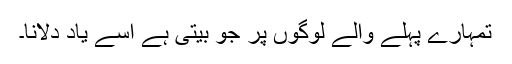
تمہارے پہلے والے لوگوں پر جو بیتی ہے اُسے یاد دلانا۔